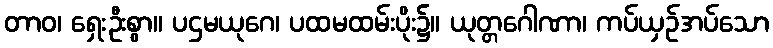
တာဝ၊ ရှေးဦးစွာ။ ပဌမယုဂေ၊ ပထမထမ်းပိုး၌။ ယုတ္တဂေါဏာ၊ ကပ်ယှဉ်အပ်သော